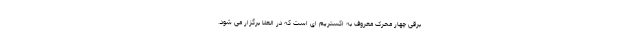
برقی چهار محرک معروف به اکستریم ای است که در العلا برگزار می شود.